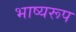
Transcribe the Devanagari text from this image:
भाष्यरूप